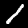
Digit: 1